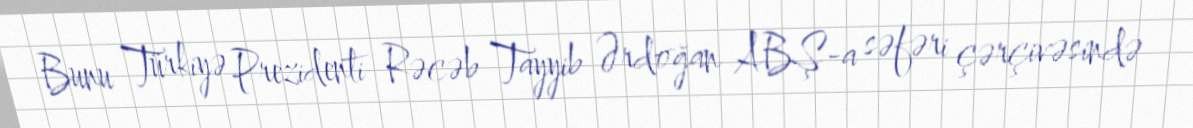
Bunu Türkiyə Prezidenti Rəcəb Tayyib Ərdoğan ABŞ-a səfəri çərçivəsində